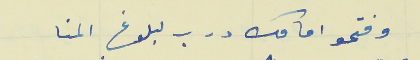
وفتحو امامك درب لبلوغ المنا